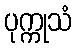
ပုက္ကုသံ